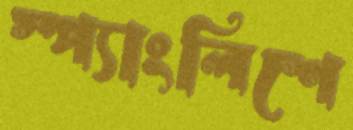
স্প্যাংলিশে